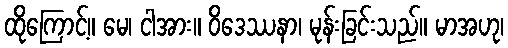
ထိုကြောင့်။ မေ၊ ငါအား။ ဝိဒေဿနာ၊ မုန်းခြင်းသည်။ မာအဟု၊